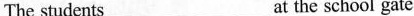
The students___at the school gate